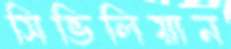
সিভিলিয়ান